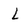
Character: L